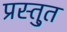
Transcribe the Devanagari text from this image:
प्रस्तु्त